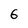
Character: 6